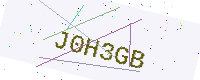
Text: J0H3GB